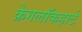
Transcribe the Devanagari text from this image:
क्रेगलॉकहार्ट